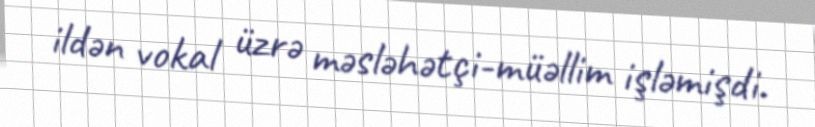
ildən vokal üzrə məsləhətçi-müəllim işləmişdi.